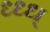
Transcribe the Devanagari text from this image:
ध्ध्ध्